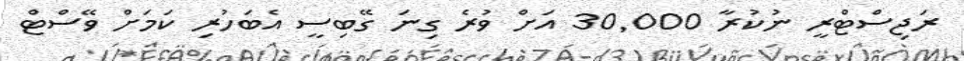
ރަޖިސްޓްރީ ނުކުރާ 30